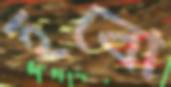
হবো